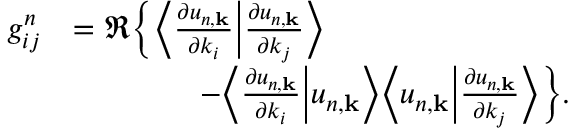
\begin{array} { r l } { g _ { i j } ^ { n } } & { = \Re \bigg \{ \bigg \langle \frac { \partial u _ { n , \mathbf { k } } } { \partial k _ { i } } \bigg | \frac { \partial u _ { n , \mathbf { k } } } { \partial k _ { j } } \bigg \rangle } \\ & { \qquad \qquad - \bigg \langle \frac { \partial u _ { n , \mathbf { k } } } { \partial k _ { i } } \bigg | u _ { n , \mathbf { k } } \bigg \rangle \bigg \langle u _ { n , \mathbf { k } } \bigg | \frac { \partial u _ { n , \mathbf { k } } } { \partial k _ { j } } \bigg \rangle \bigg \} . } \end{array}